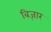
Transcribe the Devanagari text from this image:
बिज़ार